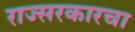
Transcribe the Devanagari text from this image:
राज्सरकारचा